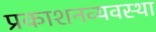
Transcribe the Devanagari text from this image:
प्रकाशनव्यवस्था